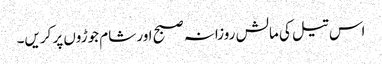
اس تیل کی مالش روزانہ صبح اور شام جوڑوں پر کریں۔